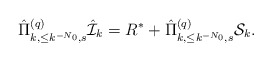
\begin{align*}\hat\Pi^{(q)}_{k,\leq k^{-N_0},s}\hat{\mathcal{I}}_k=R^*+\hat\Pi^{(q)}_{k,\leq k^{-N_0},s}\mathcal{S}_k.\end{align*}